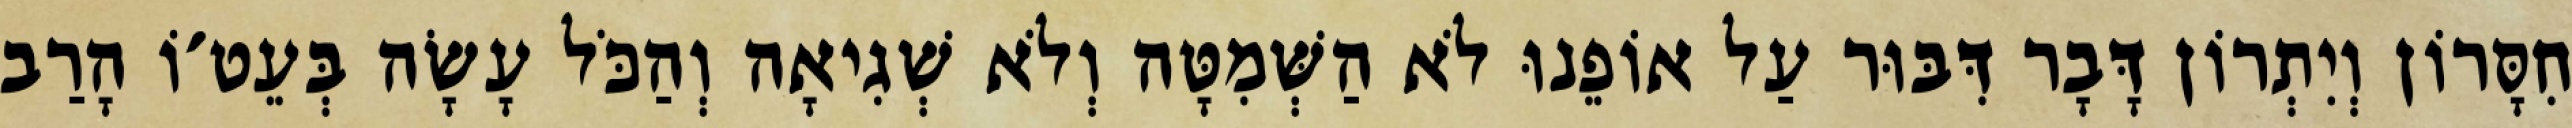
חִסָּרוֹן וְיִתְרוֹן דָּבָר דִּבּוּר עַל אוֹפֵנוּ לֹא הַשְּׁמִטָּה וְלֹא שְׁגִיאָה וְהַכֹּל עָשָׂה בְּעֵט׳וֹ הָרַב